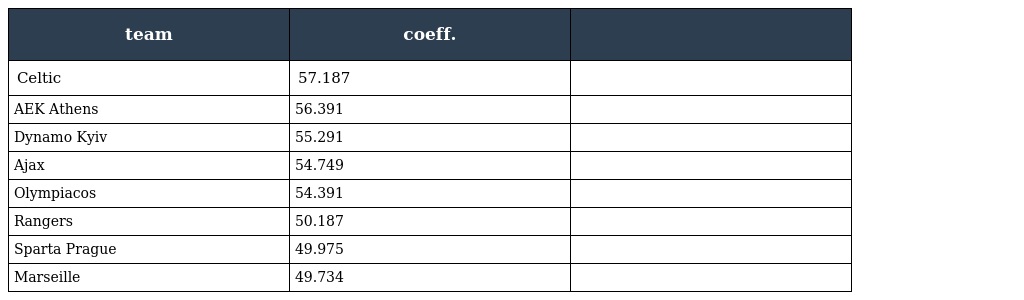
| team | coeff. |  |
 | --- | --- | --- |
 | Celtic | 57.187 |  |
 | AEK Athens | 56.391 |  |
 | Dynamo Kyiv | 55.291 |  |
 | Ajax | 54.749 |  |
 | Olympiacos | 54.391 |  |
 | Rangers | 50.187 |  |
 | Sparta Prague | 49.975 |  |
 | Marseille | 49.734 |  |